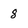
Character: 8